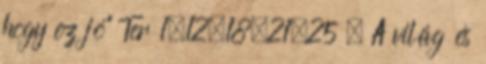
hogy ez jó” Ter 1,12.18.21.25 . A világ és